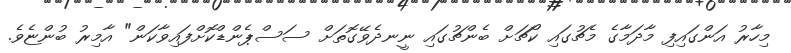
މިހާރު އަންގައިފި މާދަމާގެ މެޗުގައި ކޯޗަށް ބެންޗުގައި ނީނދެވޭގޮތަށް ސަސްޕެންޑްކޮށްފައިވާކަން" އާމިރު ބުންޏެވެ.